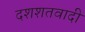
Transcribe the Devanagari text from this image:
दशशतवादी